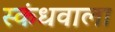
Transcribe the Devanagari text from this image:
स्कंधवाला